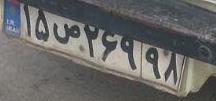
۱۵ص۲۶۹۹۸